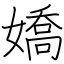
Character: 嬌